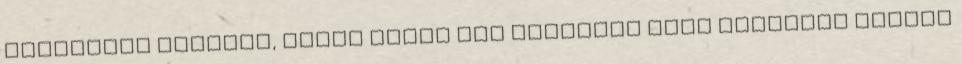
csípősebb paprika, piros arany Egy maréknyi főtt kukorica Főzzük